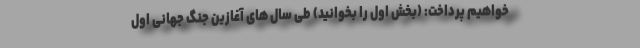
خواهیم پرداخت: (بخش اول را بخوانید) طی سال های آغازین جنگ جهانی اول